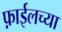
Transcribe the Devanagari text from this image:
फ़ाईलच्या